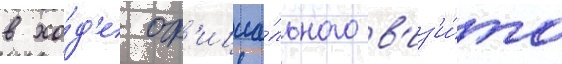
в хо́д'е оф'ициа́льного в'из'и́та